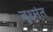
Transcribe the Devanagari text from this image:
बुध्मंत